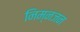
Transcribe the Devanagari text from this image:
निम्नजन